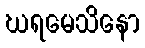
ဃရမေသိနော